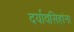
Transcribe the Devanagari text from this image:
दर्यावसिहांना